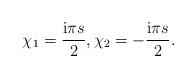
LaTeX: \begin{align*}\chi_1 = \frac{\mathrm{i}\pi s}{2},\chi_2 = -\frac{\mathrm{i}\pi s}{2}.\end{align*}